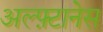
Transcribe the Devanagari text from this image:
अल्फ़्टानेस